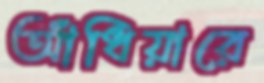
আঁধিয়ারে